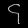
Digit: ၄